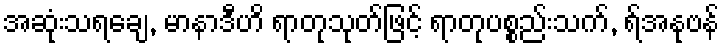
အဆုံးသရချေ, မာနာဒီဟိ ရာတုသုတ်ဖြင့် ရာတုပစ္စည်းသက်, ရ်အနုဗန်